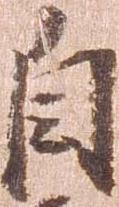
自